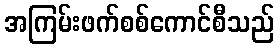
အကြမ်းဖက်စစ်ကောင်စီသည်